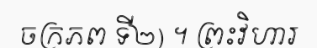
ចក្រភព ទី២) ។ ព្រះវិហារ